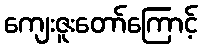
ကျေးဇူးတော်ကြောင့်